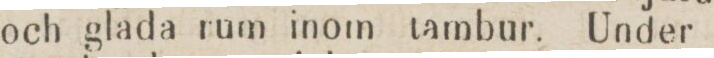
och glada rum inom tambur. Under